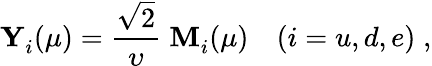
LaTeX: {\mathbf Y}_{i}^{}(\mu)=\frac{\sqrt{2}}{\upsilon}\; {\mathbf M}_{i}^{}(\mu)\quad(i=u,d,e)\; ,